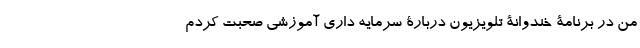
من در برنامۀ خندوانۀ تلویزیون دربارۀ سرمایه داری آموزشی صحبت کردم